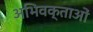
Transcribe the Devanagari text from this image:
अभिवक्ताओं